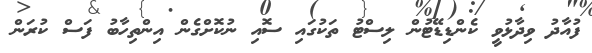
ފުއާދު ވިދާޅުވީ ކެންޑިޑޭޓުން ލިސްޓު ތަކުގައި ސޮއި ނުކޮށްގެން އިންތިހާބު ފަސް ކުރަން